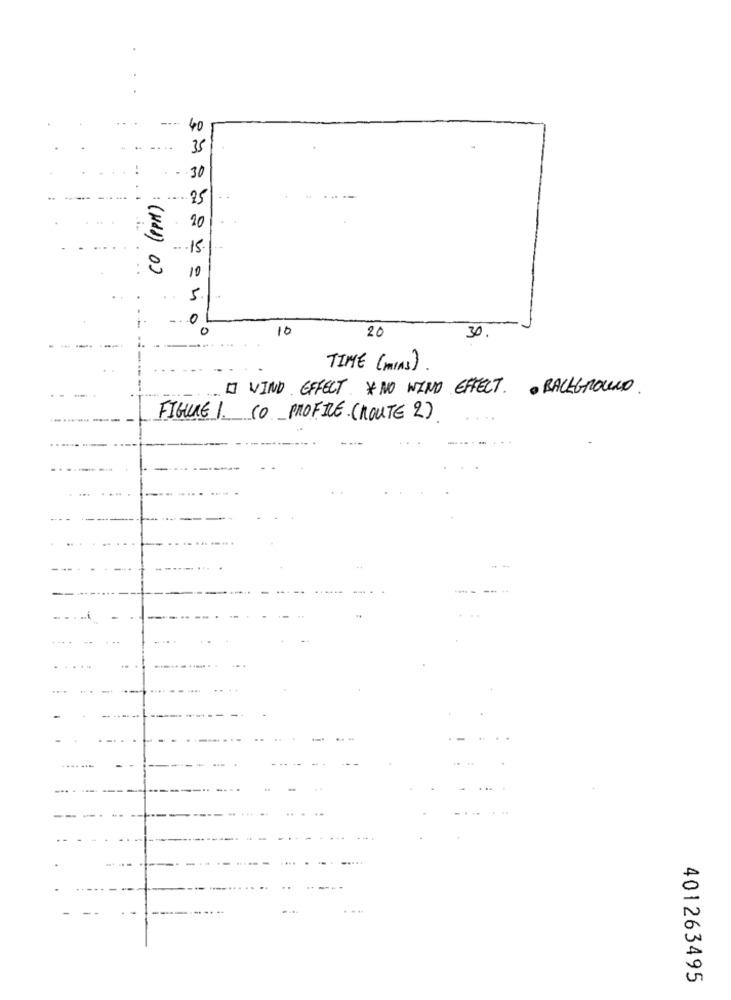
40
35
30
.25
20
15.
(Hdd) 0)
10
5
0
10
20
30.
TIME ( MIAS)
[] WIND EFFECT *NO WIND EFFECT. . BACKGROUND.
FIGURE 1. CO PROFILE.(ROUTE 2)
...
...
401263495